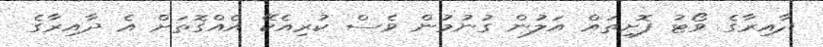
ދާއިރާގެ ވޯޓު ފޮށިތައް އަލުން ގުނުމުން ވެސް ކުރިއެކޭ އެެއްގޮތަށް އެ ދާއިރާގެ